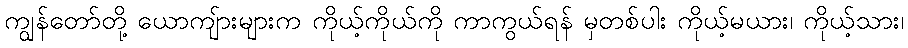
ကျွန်တော်တို့ ယောကျ်ားများက ကိုယ့်ကိုယ်ကို ကာကွယ်ရန် မှတစ်ပါး ကိုယ့်မယား၊ ကိုယ့်သား၊